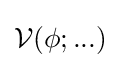
{\mathcal {V}}(\phi ;...)